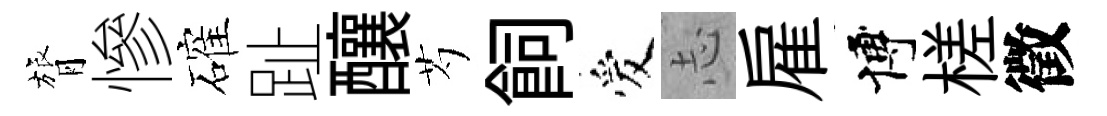
膂慘確趾釀芍飼爱𢖽雇博槎徵